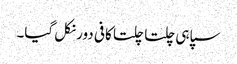
سپاہی چلتا چلتا کافی دور نکل گیا۔